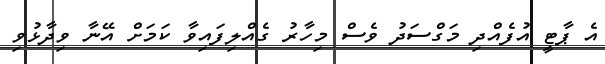
އެ ޕާޓީ އުފެއްދި މަގްސަދު ވެސް މިހާރު ގެއްލިފައިވާ ކަމަށް އޭނާ ވިދާޅުވި